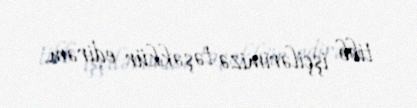
tibb işçilərimizə təşəkkür edirəm.